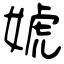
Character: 婋